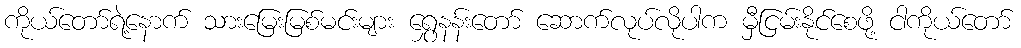
ကိုယ်တော်ရဲ့နောက် သားမြေးမြစ်မင်းများ ရွှေနန်းတော် ဆောက်လုပ်လိုပါက မှီငြမ်းနိုင်စေဖို့ ငါကိုယ်တော်